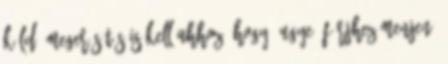
küldő megerősítés is kell ahhoz, hogy „ugye” férjhez menjen?